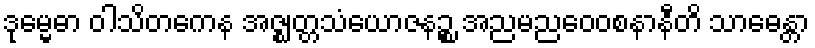
ဒုမ္မေဓာ ဝါသိတကေန အဇ္ဈတ္တသံယောဇနဉ္စ အညမညဝေဝစနာနီတိ သာဓေန္တာ